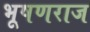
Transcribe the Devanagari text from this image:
भूषणराज